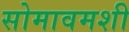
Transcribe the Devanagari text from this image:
सोमावमशी